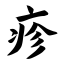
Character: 疹